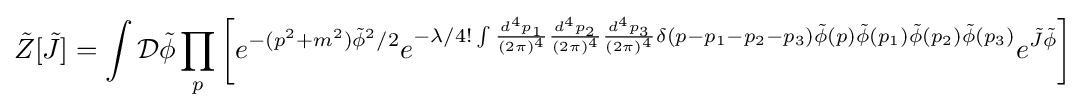
{\tilde {Z}}[{\tilde {J}}]=\int {\mathcal {D}}{\tilde {\phi }}\prod _{p}\left[e^{-(p^{2}+m^{2}){\tilde {\phi }}^{2}/2}e^{-\lambda /4!\int {d^{4}p_{1} \over (2\pi )^{4}}{d^{4}p_{2} \over (2\pi )^{4}}{d^{4}p_{3} \over (2\pi )^{4}}\delta (p-p_{1}-p_{2}-p_{3}){\tilde {\phi }}(p){\tilde {\phi }}(p_{1}){\tilde {\phi }}(p_{2}){\tilde {\phi }}(p_{3})}e^{{\tilde {J}}{\tilde {\phi }}}\right]